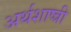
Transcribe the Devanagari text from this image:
अर्थशाष्त्री